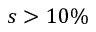
s > 1 0 \%